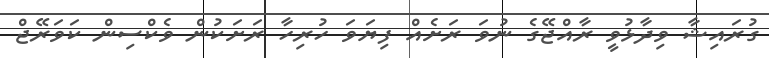
ގުރައިޝާ ވިދާޅުވީ ރާއްޖޭގެ ނުވަ ރަށެއް ފިޔަވަ ހުރިހާ ރަށަކުން ވެކްސިން ކަވަރޭޖް